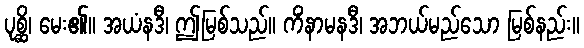
ပုစ္ဆိ၊ မေး၏။ အယံနဒီ၊ ဤမြစ်သည်။ ကိံနာမနဒီ၊ အဘယ်မည်သော မြစ်နည်း။